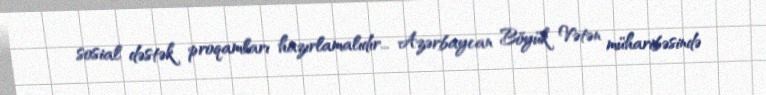
sosial dəstək proqamları hazırlamalıdır... Azərbaycan Böyük Vətən müharibəsində